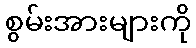
စွမ်းအားများကို